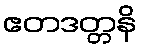
ဧတဒတ္တနိ